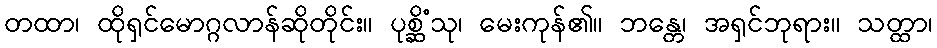
တထာ၊ ထိုရှင်မောဂ္ဂလာန်ဆိုတိုင်း။ ပုစ္ဆိံသု၊ မေးကုန်၏။ ဘန္တေ၊ အရှင်ဘုရား။ သတ္ထာ၊